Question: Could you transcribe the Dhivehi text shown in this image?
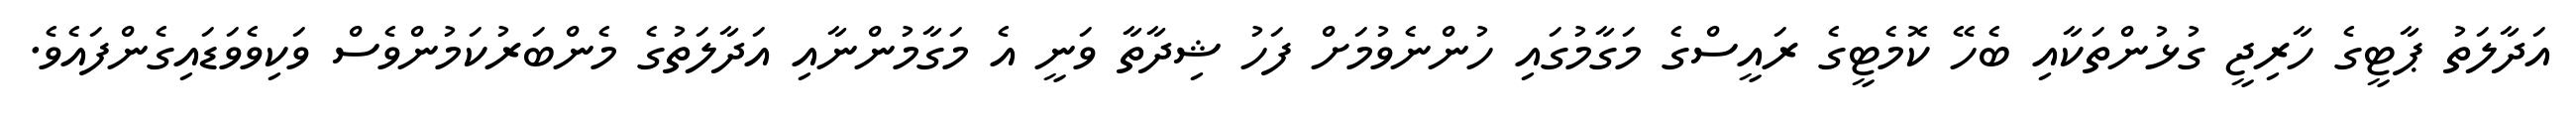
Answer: އަދާލަތު ޕާޓީގެ ހާރިޖީ ގުޅުންތަކާއި ބެހޭ ކޮމެޓީގެ ރައީސްގެ މަގާމުގައި ހުންނެވުމަށް ފަހު ޝިދާތާ ވަނީ އެ މަގާމުންނާއި އަދާލަތުގެ މެންބަރުކަމުންވެސް ވަކިވެވަޑައިގެންފައެވެ.